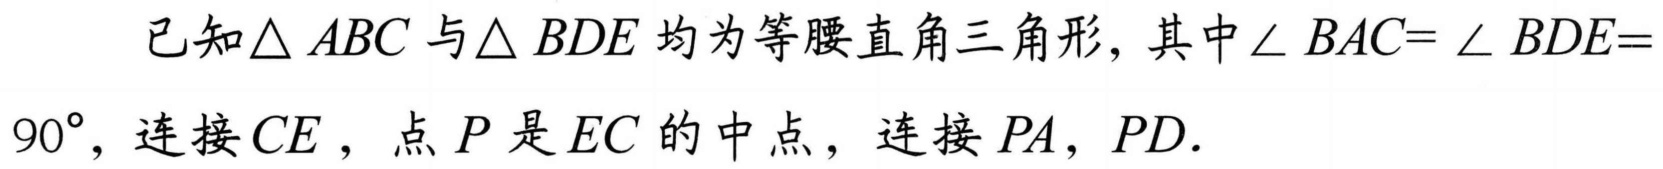
已知\(\triangle ABC\)与\(\triangle BDE\)均为等腰直角三角形，其中\(\angle BAC = \angle BDE = 90^{\circ}\)，连接\(CE\)，点\(P\)是\(EC\)的中点，连接\(PA\)，\(PD\)．